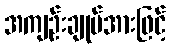
အကျဉ်းချုပ်အားဖြင့်